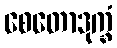
စေတောဒုက္ခံ